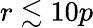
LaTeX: r\lesssim 10p